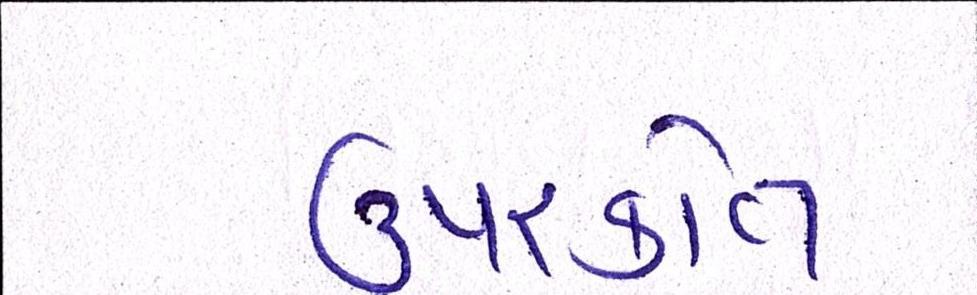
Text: ઉપરકોત